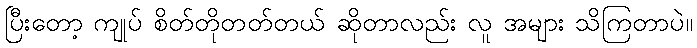
ပြီးတော့ ကျုပ် စိတ်တိုတတ်တယ် ဆိုတာလည်း လူ အများ သိကြတာပဲ။